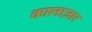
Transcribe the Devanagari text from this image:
कालाज़ार